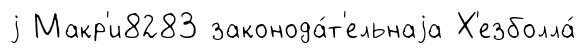
j Макр'и8283 законода́т'ельнаjа Х'езболла́